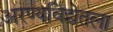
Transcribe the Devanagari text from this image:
अरण्यविद्येतला